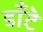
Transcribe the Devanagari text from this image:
डाँटे